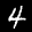
Label: 4